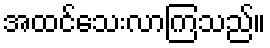
အထင်သေးလာကြသည်။